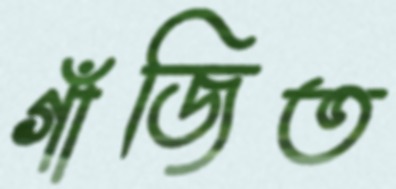
গাঁজিত